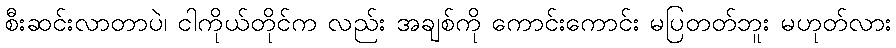
စီးဆင်းလာတာပဲ၊ ငါကိုယ်တိုင်က လည်း အချစ်ကို ကောင်းကောင်း မပြတတ်ဘူး မဟုတ်လား